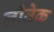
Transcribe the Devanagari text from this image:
लोतेक